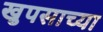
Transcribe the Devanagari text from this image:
खुपसाच्या